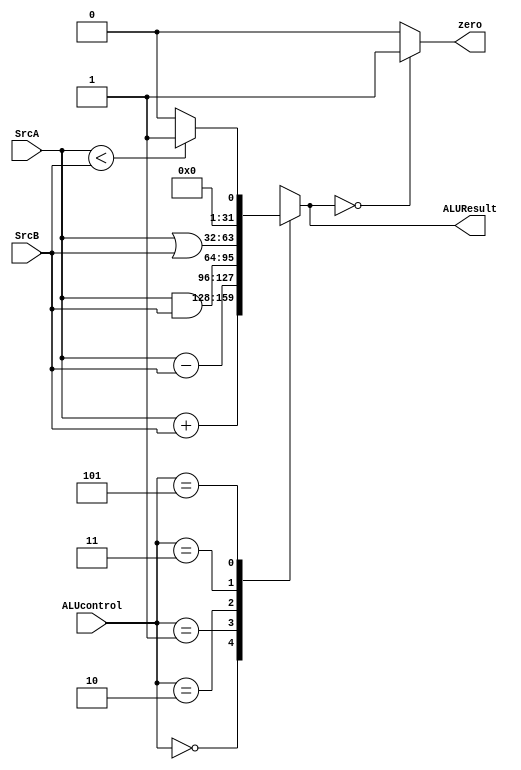
module alu (
    input [31:0] SrcA,
    input [31:0] SrcB,
    input [2:0] ALUcontrol,
    output zero,
    output reg [31:0] ALUResult
);

    always @(*) begin
        case (ALUcontrol)
            3'b000: ALUResult = SrcA + SrcB ;        // Addition
            3'b001: ALUResult = SrcA - SrcB ;       // Subtraction
            3'b010: ALUResult = SrcA & SrcB ;      // Bitwise AND
            3'b011: ALUResult = SrcA | SrcB ;      // Bitwise OR
            3'b101: ALUResult = (SrcA < SrcB) ? 1 : 0; // Set if less than (SLT)
            default: ALUResult = 32'bx;         // Default: Zero output
        endcase
    end

    assign zero = (ALUResult == 32'b0) ? 1'b1 : 1'b0;

endmodule